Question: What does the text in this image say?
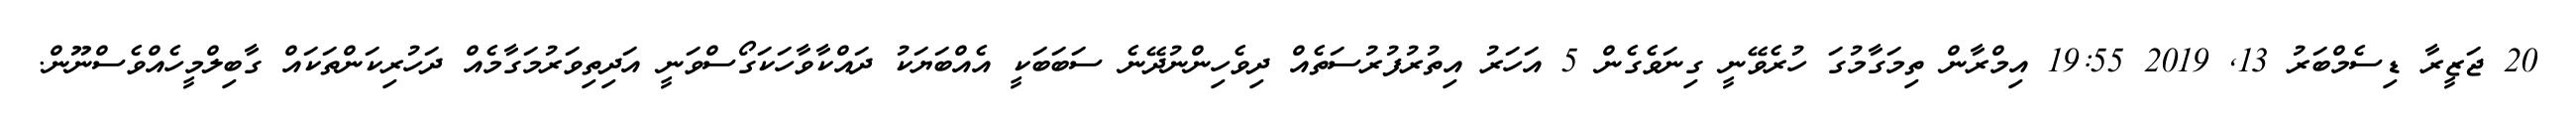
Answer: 20 ޖަޒީރާ ޑިސެމްބަރު 13, 2019 19:55 އިމްރާން ތިމަގާމުގަ ހުރެވޭނީ ގިނަވެގެން 5 އަހަރު އިތުރުފުރުސަތެއް ދިވެހިންނުދޭނެ ސަބަބަކީ އެއްބަޔަކު ދައްކާވާހަކަގޯސްވަނީ އަދިތިވަރުމަގާމެއް ދަހުރިކަންތަކައް ގާބިލްމީހެއްވެސްނޫން.